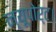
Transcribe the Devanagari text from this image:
न्यूपोर्ट।